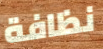
نظافة